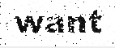
want